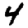
Digit: 4